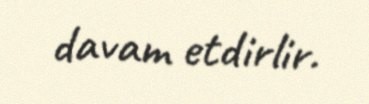
davam etdirlir.